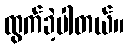
ထွက်ခဲ့ပါတယ်။